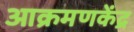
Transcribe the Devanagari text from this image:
आक्रमणकेंद्र